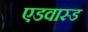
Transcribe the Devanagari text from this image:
एडवास्ड